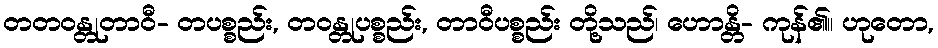
တတဝန္တုတာဝီ- တပစ္စည်း, တဝန္တုပစ္စည်း, တာဝီပစ္စည်း တို့သည်၊ ဟောန္တိ- ကုန်၏။ ဟုတော,